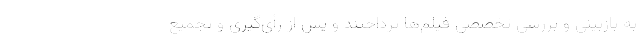
به بازبینی و بررسی تخصصی فیلم‌ها پرداختند و پس از رأی‌گیری و تجمیع